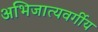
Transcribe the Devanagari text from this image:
अभिजात्यवर्गीय